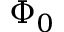
\Phi _ { 0 }